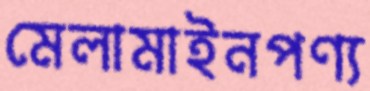
মেলামাইনপণ্য